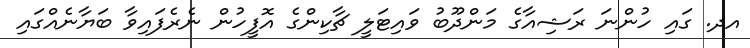
އދ. ގައި ހުންނަ ރަޝިއާގެ މަންދޫބު ވައިޓަލީ ޗާކިންގެ އޮފީހުން ނެރެފައިވާ ބަޔާނެއްގައި